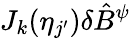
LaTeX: J_{k}(\eta_{j^{\prime}})\delta\hat{B}^{\psi}